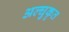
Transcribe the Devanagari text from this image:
अल्घुकृत